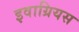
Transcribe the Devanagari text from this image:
इवाग्रियस